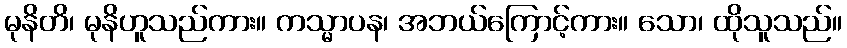
မုနိတိ၊ မုနိဟူသည်ကား။ ကသ္မာပန၊ အဘယ်ကြောင့်ကား။ သော၊ ထိုသူသည်။